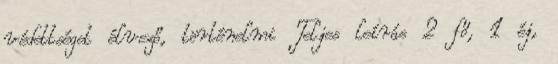
védettséget élvező, történelmi Teljes leírás 2 fő, 1 éj,